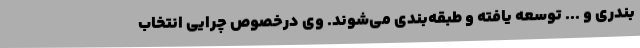
بندری و ... توسعه یافته و طبقه‌بندی می‌شوند. وی درخصوص چرایی انتخاب